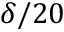
\delta / 2 0